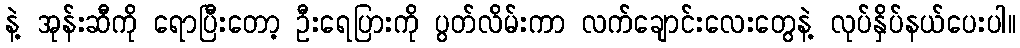
နဲ့ အုန်းဆီကို ရောပြီးတော့ ဦးရေပြားကို ပွတ်လိမ်းကာ လက်ချောင်းလေးတွေနဲ့ လုပ်နှိပ်နယ်ပေးပါ။